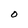
Character: U